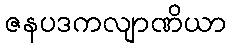
ဇနပဒကလျာဏိယာ